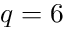
q = 6